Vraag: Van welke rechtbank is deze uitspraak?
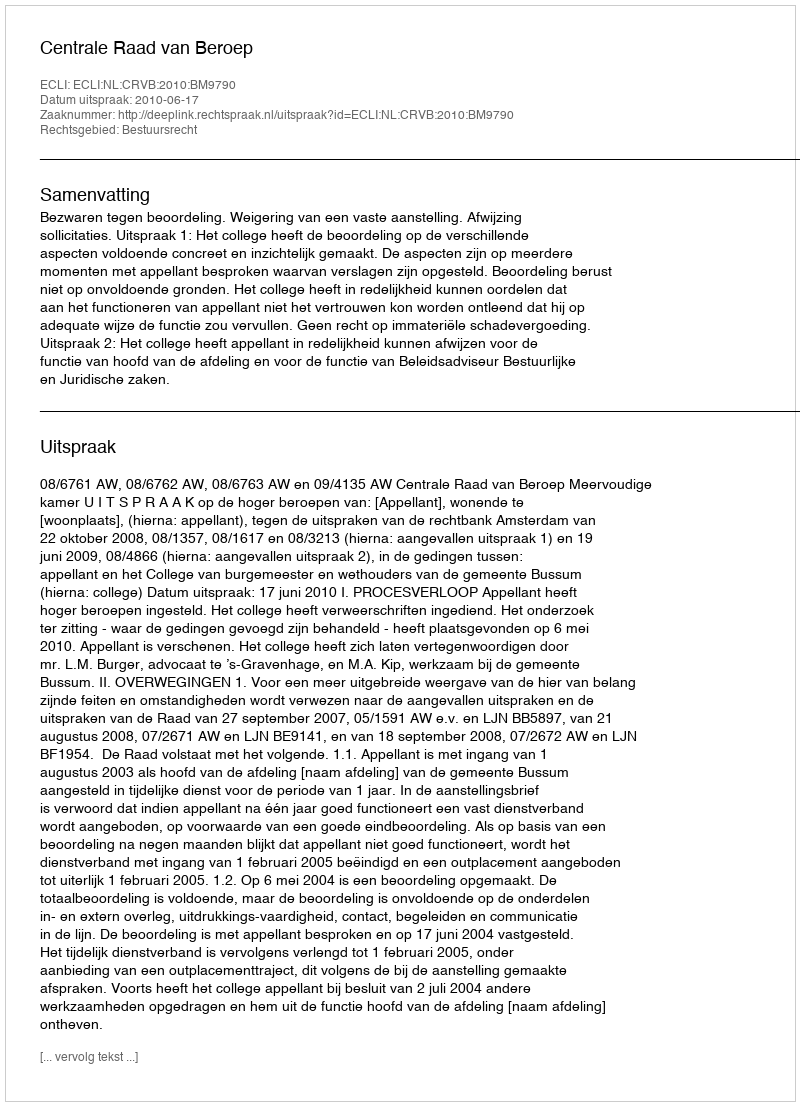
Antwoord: Centrale Raad van Beroep